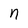
Character: n